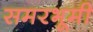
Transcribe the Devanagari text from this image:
समरभूमी